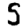
Digit: 5